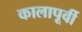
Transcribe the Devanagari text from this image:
कालापूर्वी